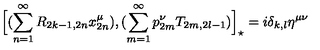
\Big [ ( \sum _ { n = 1 } ^ { \infty } R _ { 2 k - 1 , 2 n } x _ { 2 n } ^ { \mu } ) , ( \sum _ { m = 1 } ^ { \infty } p _ { 2 m } ^ { \nu } T _ { 2 m , 2 l - 1 } ) \Big ] _ { \star } = i \delta _ { k , l } \eta ^ { \mu \nu }